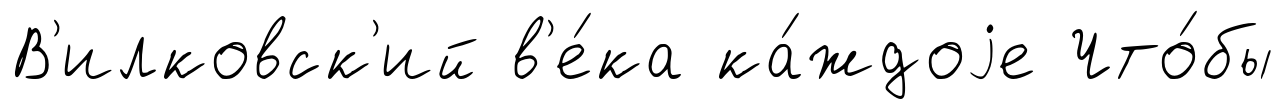
В'илковск'ий в'е́ка ка́ждоjе Что́бы